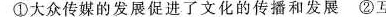
①大众传媒的发展促进了文化的传播和发展②互